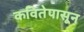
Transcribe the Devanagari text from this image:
कवितेपासून